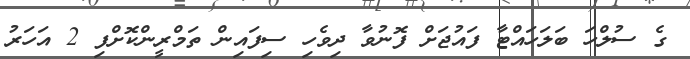
ގެ ސުލްހަ ބަލަހައްޓާ ފައުޖަށް ފޮނުވާ ދިވެހި ސިފައިން ތަމްރީންކޮށްފި 2 އަހަރު